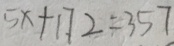
5 x + 1 7 2 = 3 5 7